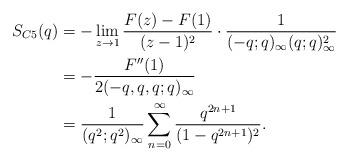
LaTeX: \begin{align*}S_{C5}(q)&=- \lim_{z\rightarrow 1} \frac{F(z)-F(1)}{(z-1)^2}\cdot \frac{1}{(-q;q)_\infty (q;q)_\infty^2} \\&=-\frac{F''(1)}{2(-q,q,q;q)_\infty} \\&=\frac{1}{(q^2;q^2)_\infty}\sum_{n=0}^\infty \frac{q^{2n+1}}{(1-q^{2n+1})^2}. \end{align*}